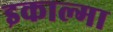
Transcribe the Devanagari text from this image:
इकाल्मा